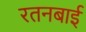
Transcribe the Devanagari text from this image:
रतनबाई